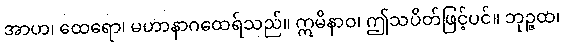
အာဟ၊ ထေရော၊ မဟာနာဂထေရ်သည်။ ဣမိနာဝ၊ ဤသပိတ်ဖြင့်ပင်။ ဘုဉ္ဇထ၊